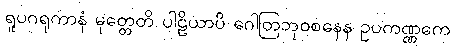
ရူပဂရုကာနံ မုတ္တေတိ ပါဠိယာပိ ဂေါတြဘုဝစနေန ဥပကဏ္ဏကေ